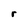
Character: r